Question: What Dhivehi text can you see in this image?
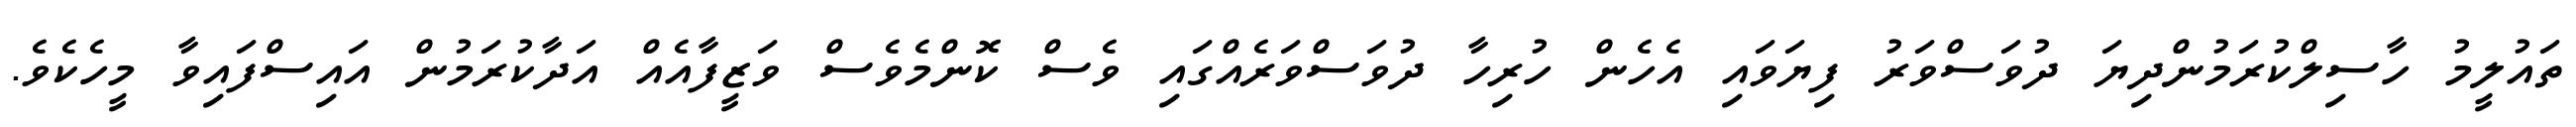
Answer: ތައުލީމު ހާސިލްކުރަމުންދިޔަ ދުވަސްވަރު ފިޔަވައި އެހެން ހުރިހާ ދުވަސްވަރެއްގައި ވެސް ކޮންމެވެސް ވަޒީފާއެއް އަދާކުރަމުން އައިސްފައިވާ މީހެކެވެ.